Kominterni_Eesti_sektsioon_Moskvas, lk 44
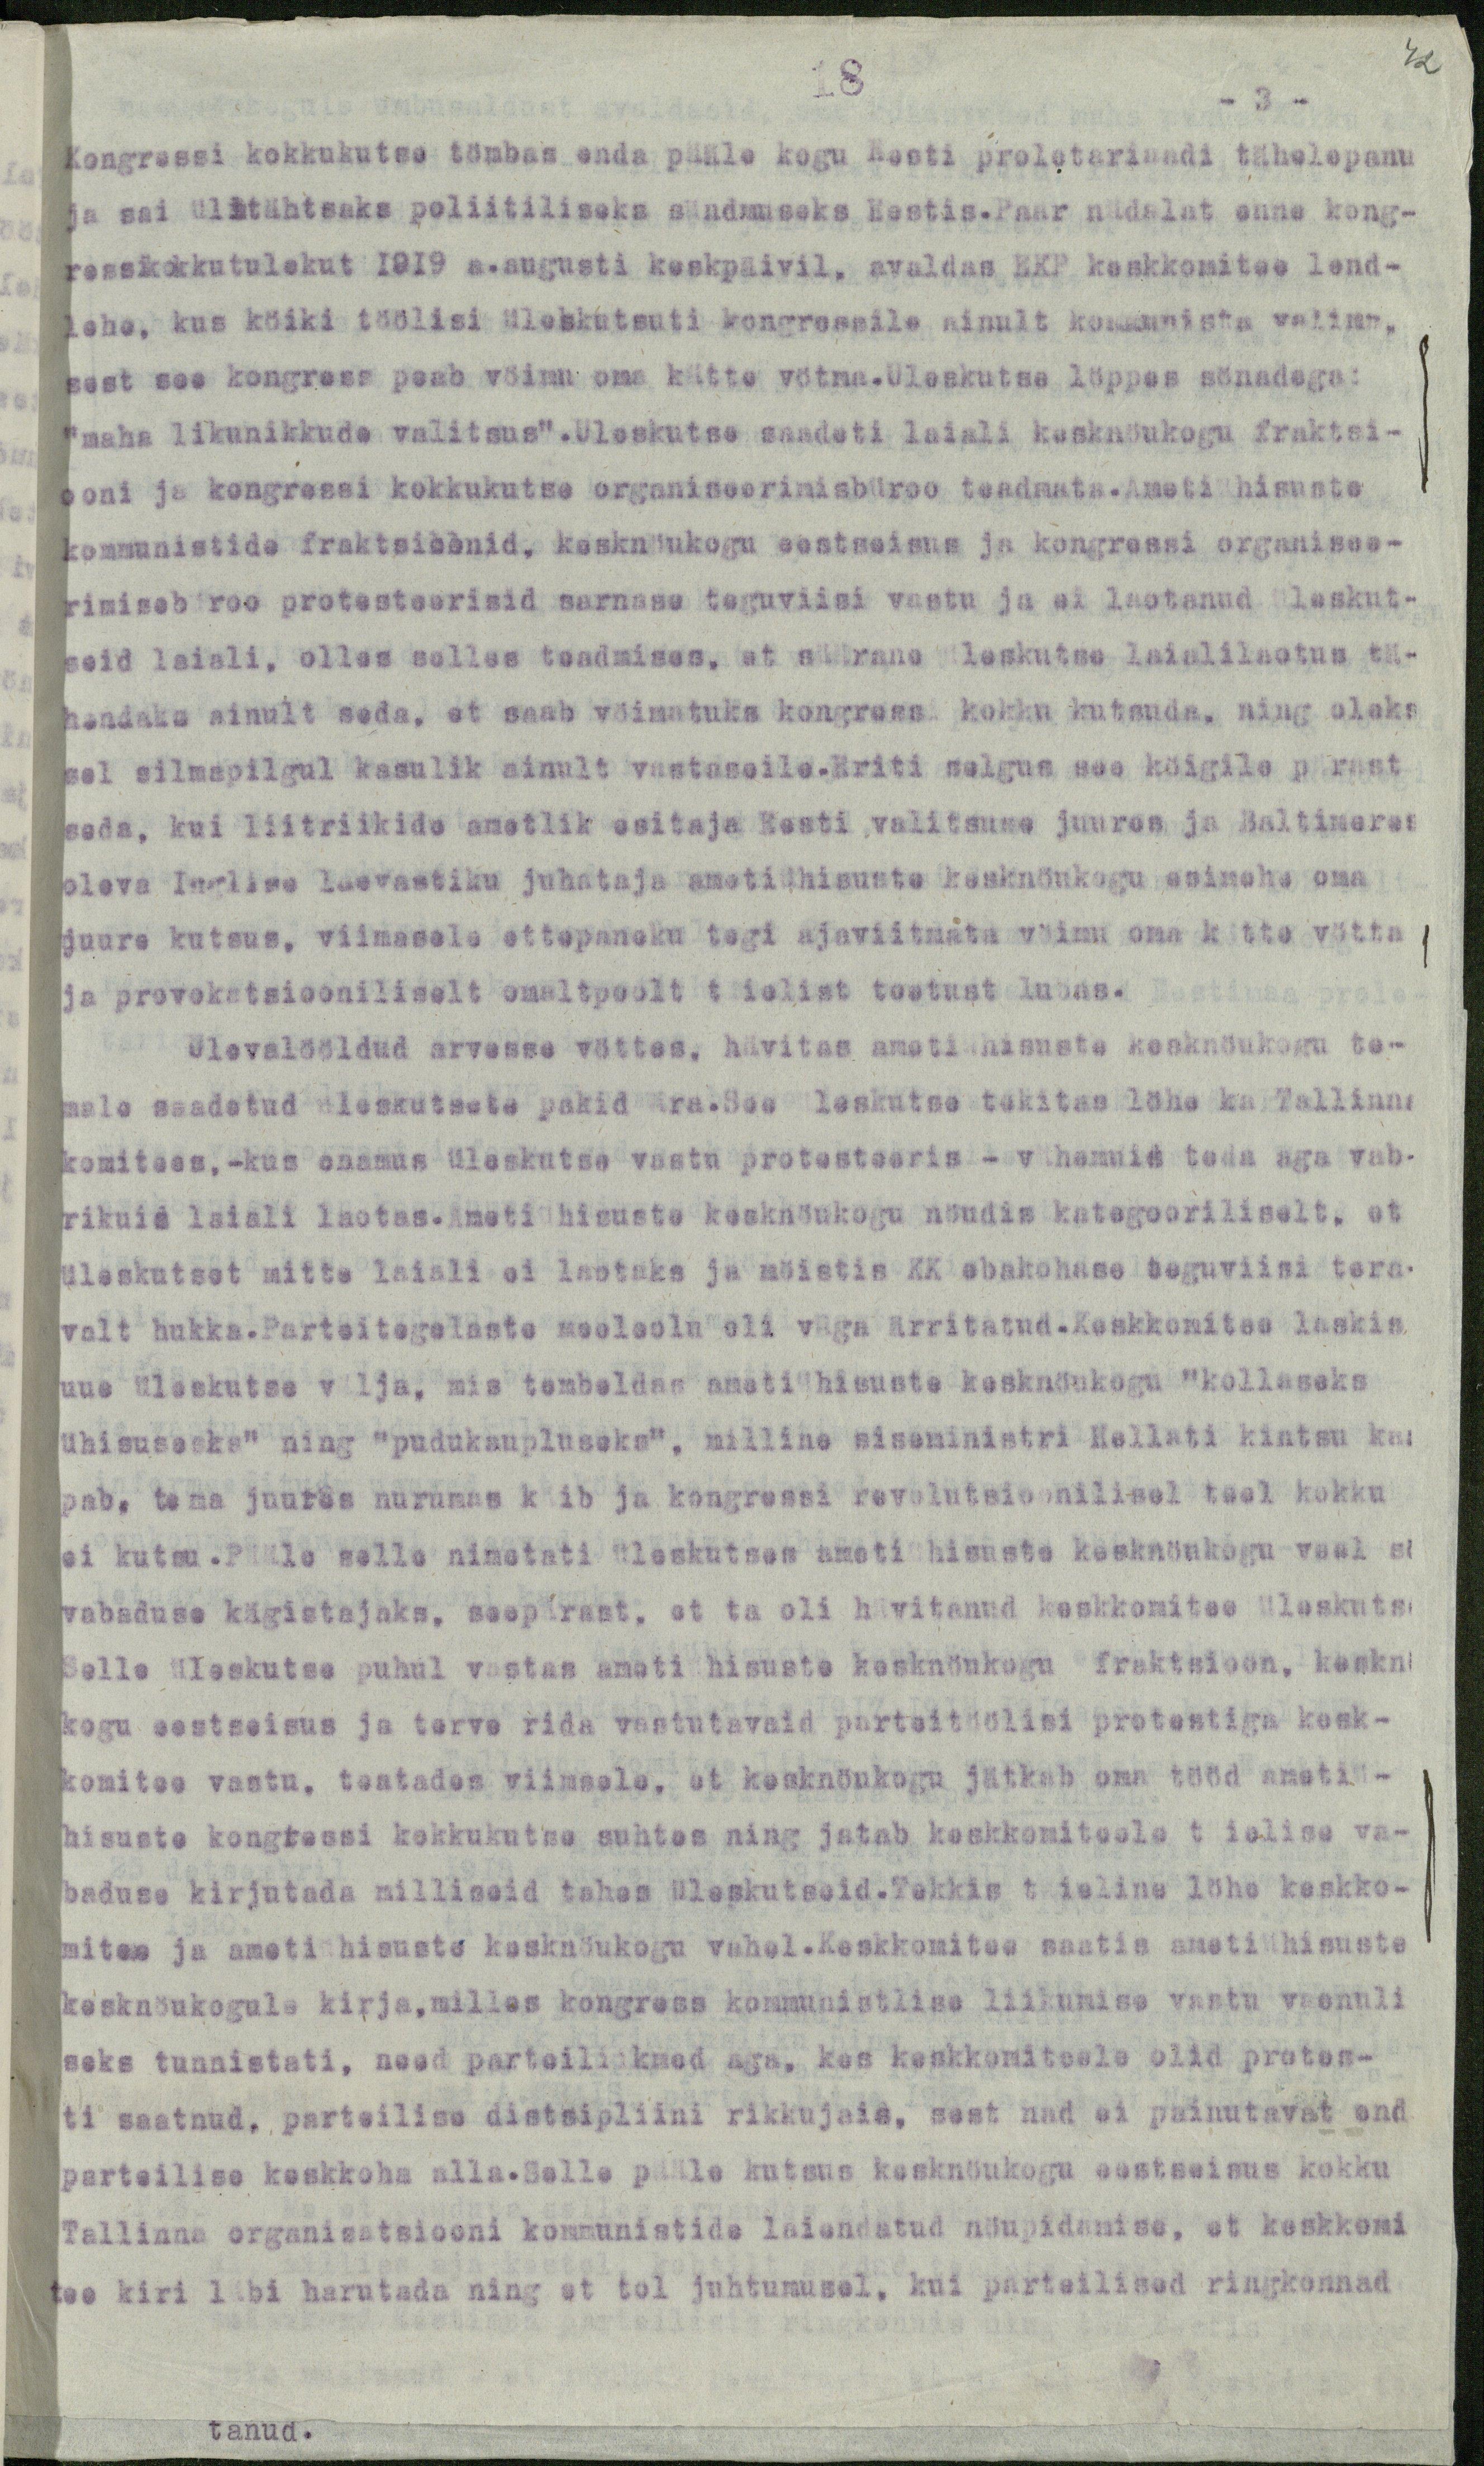
42

18
- 3 -
Kongressi kokkukutse tömbas enda pääle kogu Eesti proletariaadi tähelepanu
ja sai ülitähtsaks poliitiliseks sündmuseks Eestis.Paar nädalat enne kong-
ressikokkutulekut 1919 a.augusti keskpäivil, avaldas EKP keskkomitee lend-
lehe, kus köiki töölisi üleskutsuti kongressile ainult kommuniste valima,
sest see kongress peab vöimu oma kätte vötma.Uleskutse löppes sönadega:
"maha likunikkude valitsus". Uleskutse saadeti laiali kesknöukogu fraktsi-
ooni ja kongressi kokkukutse organiseerimisbüroo teadmata.Ametiühisuste
kommunistide fraktsioonid, kesknöukogu eestseisus ja kongressi organissee-
rimisebüroo protesteerisid sarnase teguviisi vastu ja ei laotanud üleskut-
seid laiali, olles selles teadmises, et säärane üleskutse laialilaotus tä-
hendaks ainult seda, et saab vöimatuks kongress kokku kutsuda, ning oleks
sel silmapilgul kasulik ainult vastaseile.Eriti selgus see köigile pärast
seda, kui liitriikide ametlik esitaja Eesti valitsuse juures ja Baltimeres
oleva Inelise laevastiku juhataja ametiühisuste kesknöukogu esimehe oma
juure kutsus, viimasele ettepaneku tegi ajaviitmata vöimu oma kätte vötta
ja provokatsiooniliselt omaltpoolt täielist toetust lubas.
Ulevalööldud arvesse vöttes, hävitas ametiühisuste kesknöukogu te-
male saadetud üleskutsete pakid ära.See üleskutse tekitas löhe ka Tallinna
komitees,-kus enamus üleskutse vastu protesteeris - vähemus teda aga vab-
rikuid laiali laotas. Ametiühisuste kesknöukogu nöudis kategooriliselt, et
üleskutset mitte laiali ei laotaks ja möistis KK ebakohase teguviisi tera-
valt hukka.Parteitegelaste meeleolu oli väga ärritatud.Keskkomitee laskis
uue üleskutse välja, mis tembeldas ametiühisuste kesknöukogu "kollaseks
ühisuseeks" ning "pudukaupluseks", milline siseministri Hellati kintsu kaa
pab, tema juures nurumas käib ja kongressi revolutsioonilisel teel kokku
ei kutsu.Pääle selle nimetati üleskutses ametiühisuste kesknöukogu veel sö
vabaduse kägistajaks, seepärast, et ta oli hävitanud keskkomitee üleskutse
Selle üleskutse puhul vastas ametiühisuste kesknöukogu fraktsioon, kesknö
kogu eestseisus ja terve rida vastutavaid parteitöölisi protestiga kesk-
komitee vastu, teatades viimsele, et kesknöukogu jätkab oma tööd ametiü-
hisuste kongressi kokkukutse suhtes ning jatab keskkomiteele täielise va-
baduse kirjutada milliseid tahas üleskutseid.Tekkis täieline löhe keskko-
mitee ja ametiühisuste kesknöukogu vahel.Keskkomitee saatis ametiühisuste
kesknöukogule kirja, milles kongress kommunistlise liikumise vastu vaenuli
seks tunnistati, need parteiliikmed aga, kes keskkomiteele olid protes-
ti saatnud, parteilise distsipliini rikkujais, sest nad ei painutavat end
parteilise keskkoha alla.Selle pääle kutsus kesknöukogu eestseisus kokku
Tallinna organisatsiooni kommunistide laiendatud nöupidamise, et keskkomi
tee kiri läbi harutada ning et tol juhtumusel, kui parteilised ringkonnad